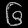
Digit: ၆